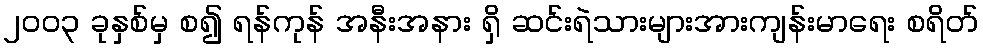
၂၀၀၃ ခုနှစ်မှ စ၍ ရန်ကုန် အနီးအနား ရှိ ဆင်းရဲသားများအားကျန်းမာရေး စရိတ်